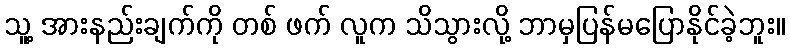
သူ့ အားနည်းချက်ကို တစ် ဖက် လူက သိသွားလို့ ဘာမှပြန်မပြောနိုင်ခဲ့ဘူး။